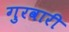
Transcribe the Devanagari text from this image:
गुरवारी